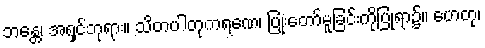
ဘန္တေ၊ အရှင်ဘုရား။ သိတပါတုကရဏေ၊ ပြုံးတော်မူခြင်းကိုပြုရာ၌။ ဟေတု၊